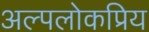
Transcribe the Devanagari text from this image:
अल्पलोकप्रिय